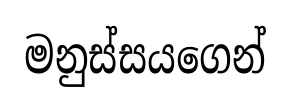
මනුස්සයගෙන්